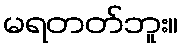
မရတတ်ဘူး။